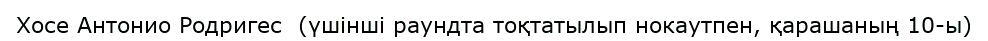
Хосе Антонио Родригес  (үшінші раундта тоқтатылып нокаутпен, қарашаның 10-ы)